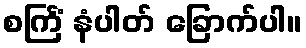
စင်္ကြံ နံပါတ် ခြောက်ပါ။